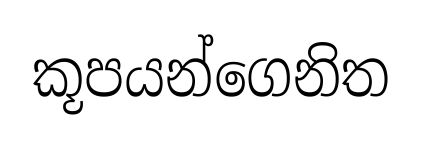
කූපයන්ගෙනිත